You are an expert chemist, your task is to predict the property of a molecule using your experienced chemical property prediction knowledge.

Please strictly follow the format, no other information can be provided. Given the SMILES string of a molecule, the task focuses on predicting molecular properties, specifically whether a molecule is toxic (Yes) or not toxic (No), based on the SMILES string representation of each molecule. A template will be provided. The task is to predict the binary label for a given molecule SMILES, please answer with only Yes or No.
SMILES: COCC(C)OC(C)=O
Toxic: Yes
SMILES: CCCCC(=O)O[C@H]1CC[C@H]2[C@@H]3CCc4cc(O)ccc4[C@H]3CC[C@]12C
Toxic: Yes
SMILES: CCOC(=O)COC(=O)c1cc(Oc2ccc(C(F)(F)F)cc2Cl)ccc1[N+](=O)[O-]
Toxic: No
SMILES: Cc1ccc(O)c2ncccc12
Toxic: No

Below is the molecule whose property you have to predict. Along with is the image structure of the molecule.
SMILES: c1cnccn1
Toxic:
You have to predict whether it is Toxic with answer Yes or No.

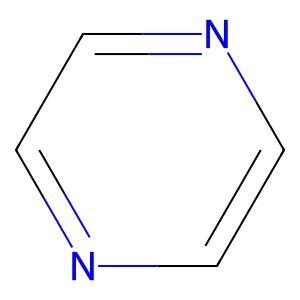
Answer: No